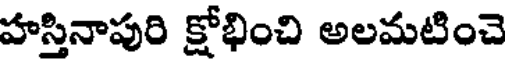
హస్తినాపురి క్షోభించి అలమటించె